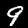
Digit: 9